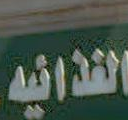
القدافيه